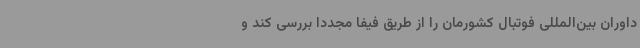
داوران بین‌المللی فوتبال کشورمان را از طریق فیفا مجددا بررسی کند و